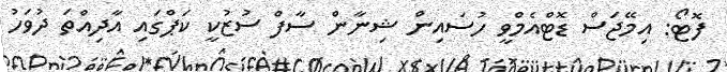
ފޮޓޯ: އިމޭޖަސް ޑޮޓްއެމްވީ ހުސައިން ޝިނާން ސާފް ސުޒުކީ ކަޕްގައި އާދިއްތަ ދުވަހު